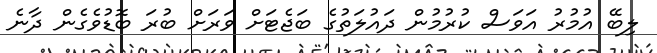
ލިބޭ އުމުރު އަވަސް ކުރުމުން ދައުލަތުގެ ބަޖެޓަށް ވަރަށް ބުރަ ބޮޑުވެގެން ދާނެ